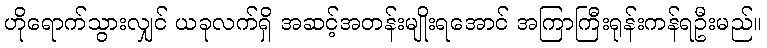
ဟိုရောက်သွားလျှင် ယခုလက်ရှိ အဆင့်အတန်းမျိုးရအောင် အကြာကြီးရုန်းကန်ရဦးမည်။